Bréfritari: Lárus Bjarnason
Dagsetning: A-1874-01-18
Skrifað á: Vesturheimi

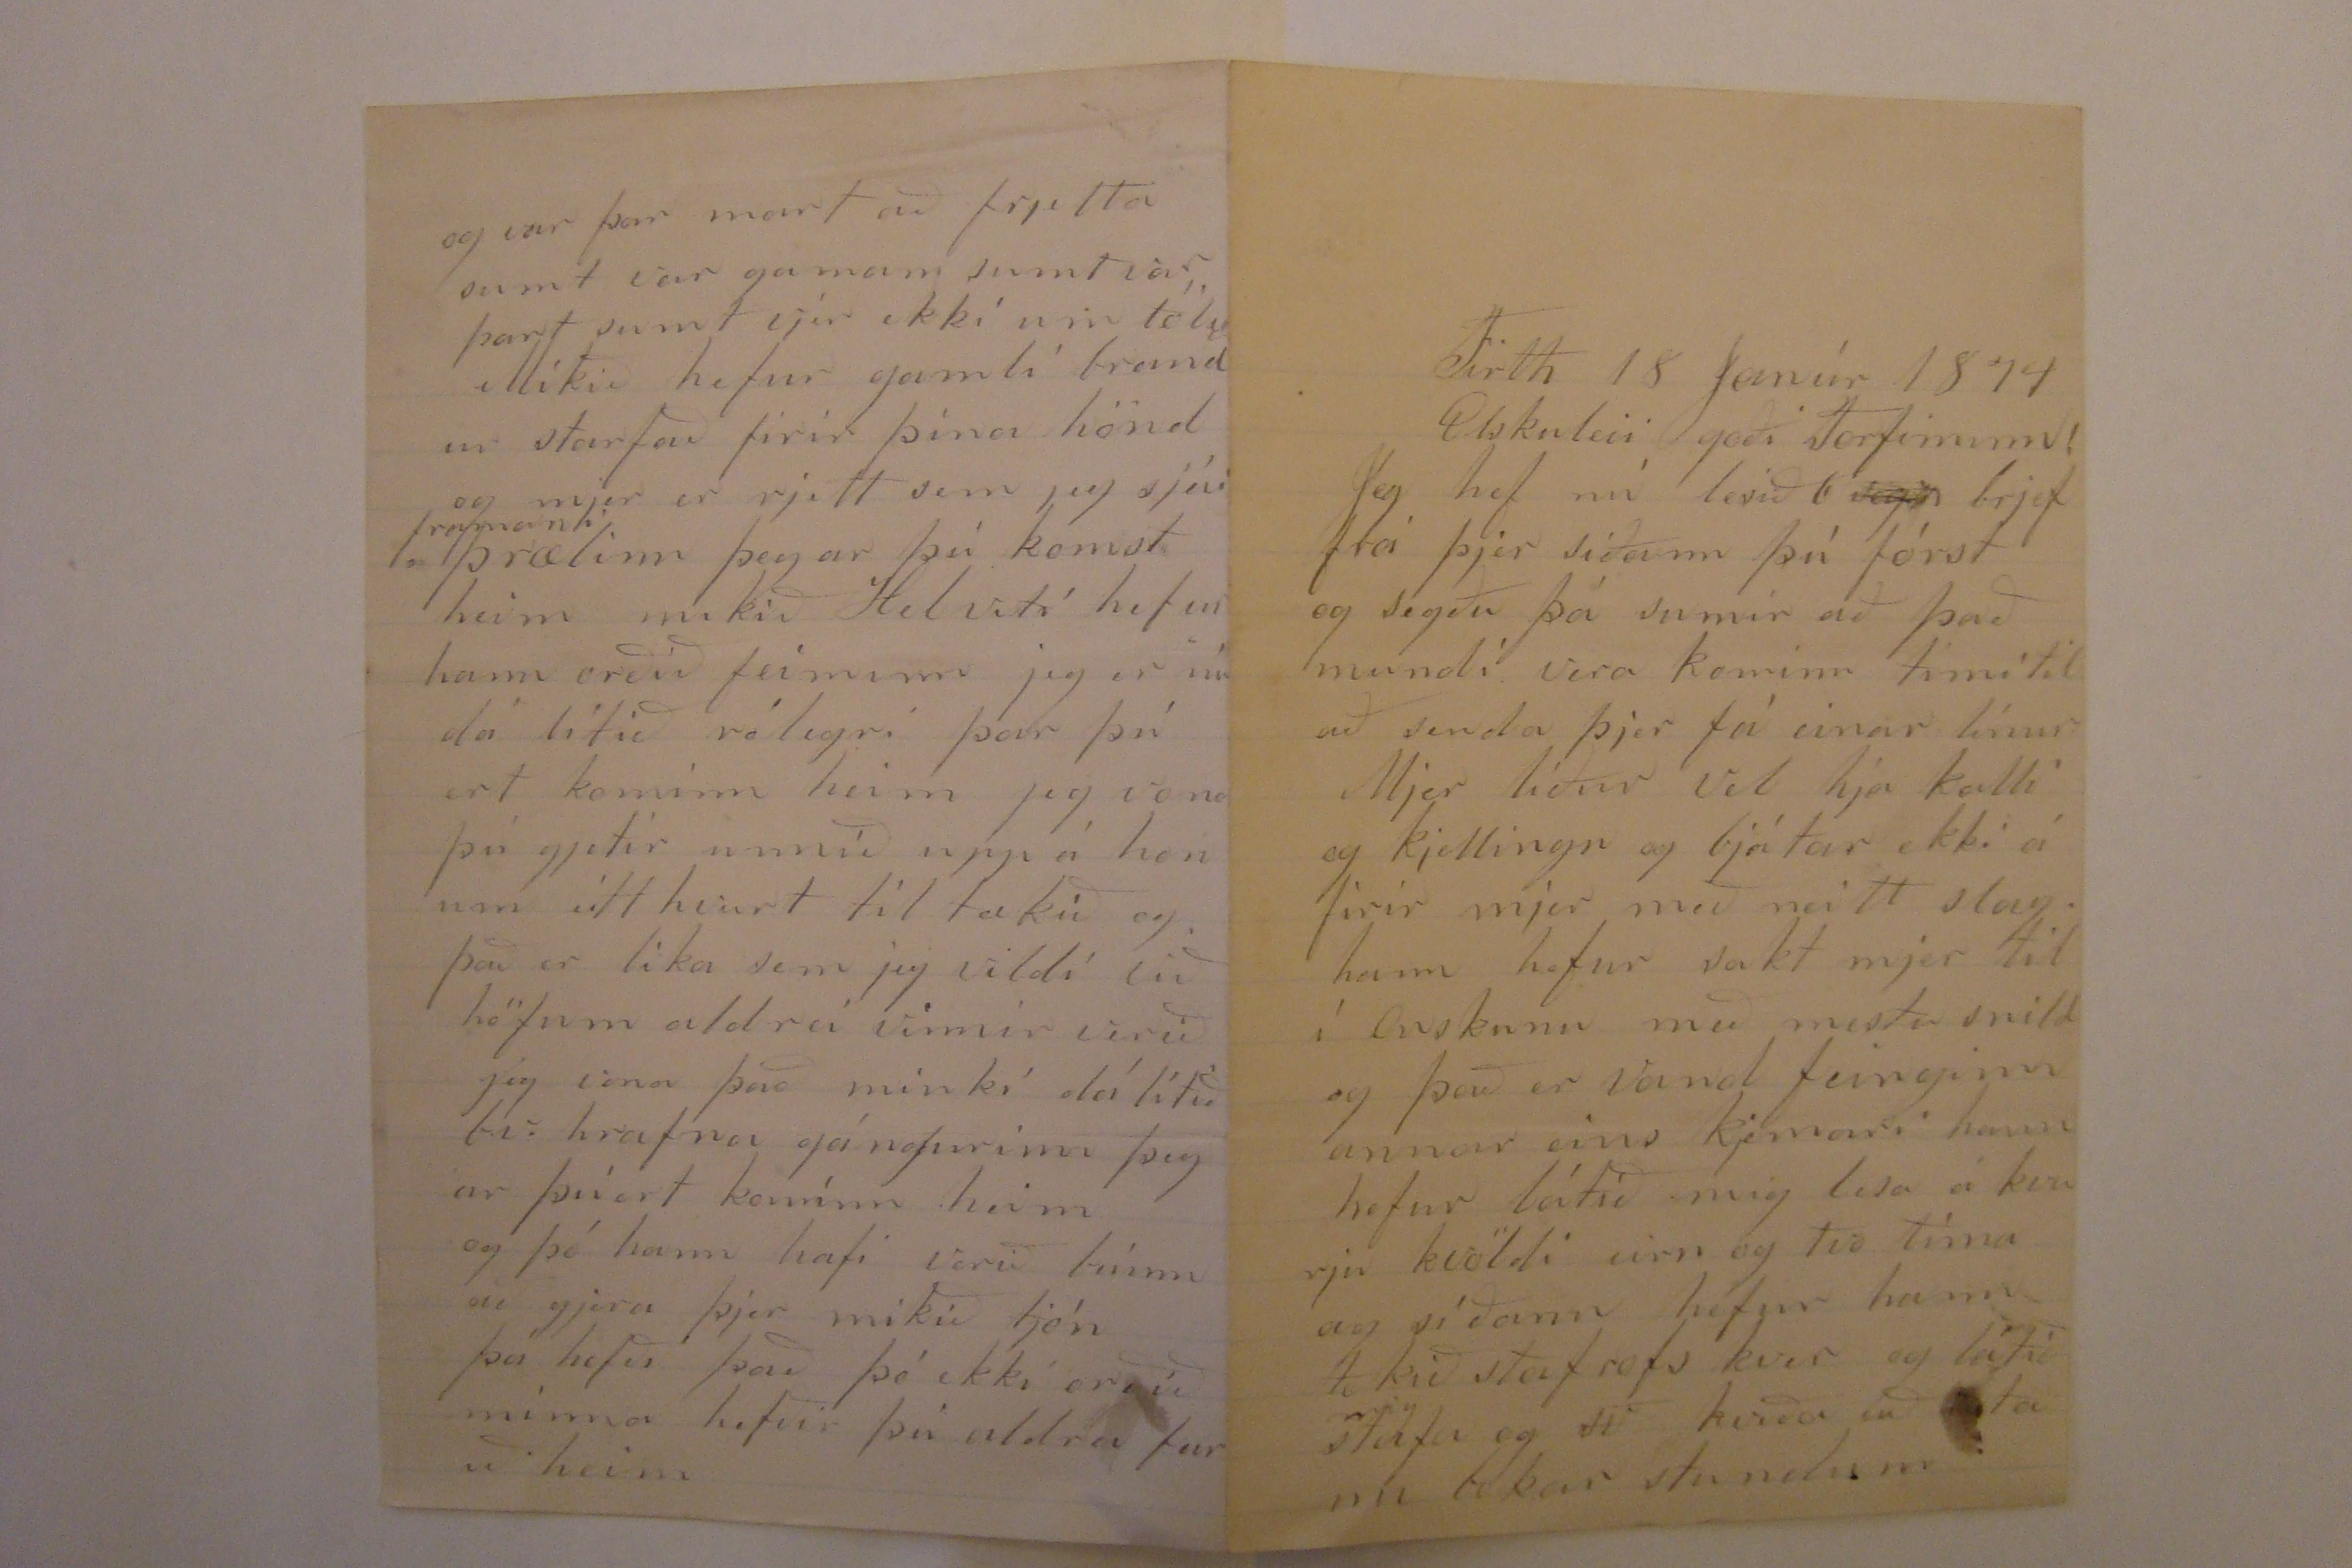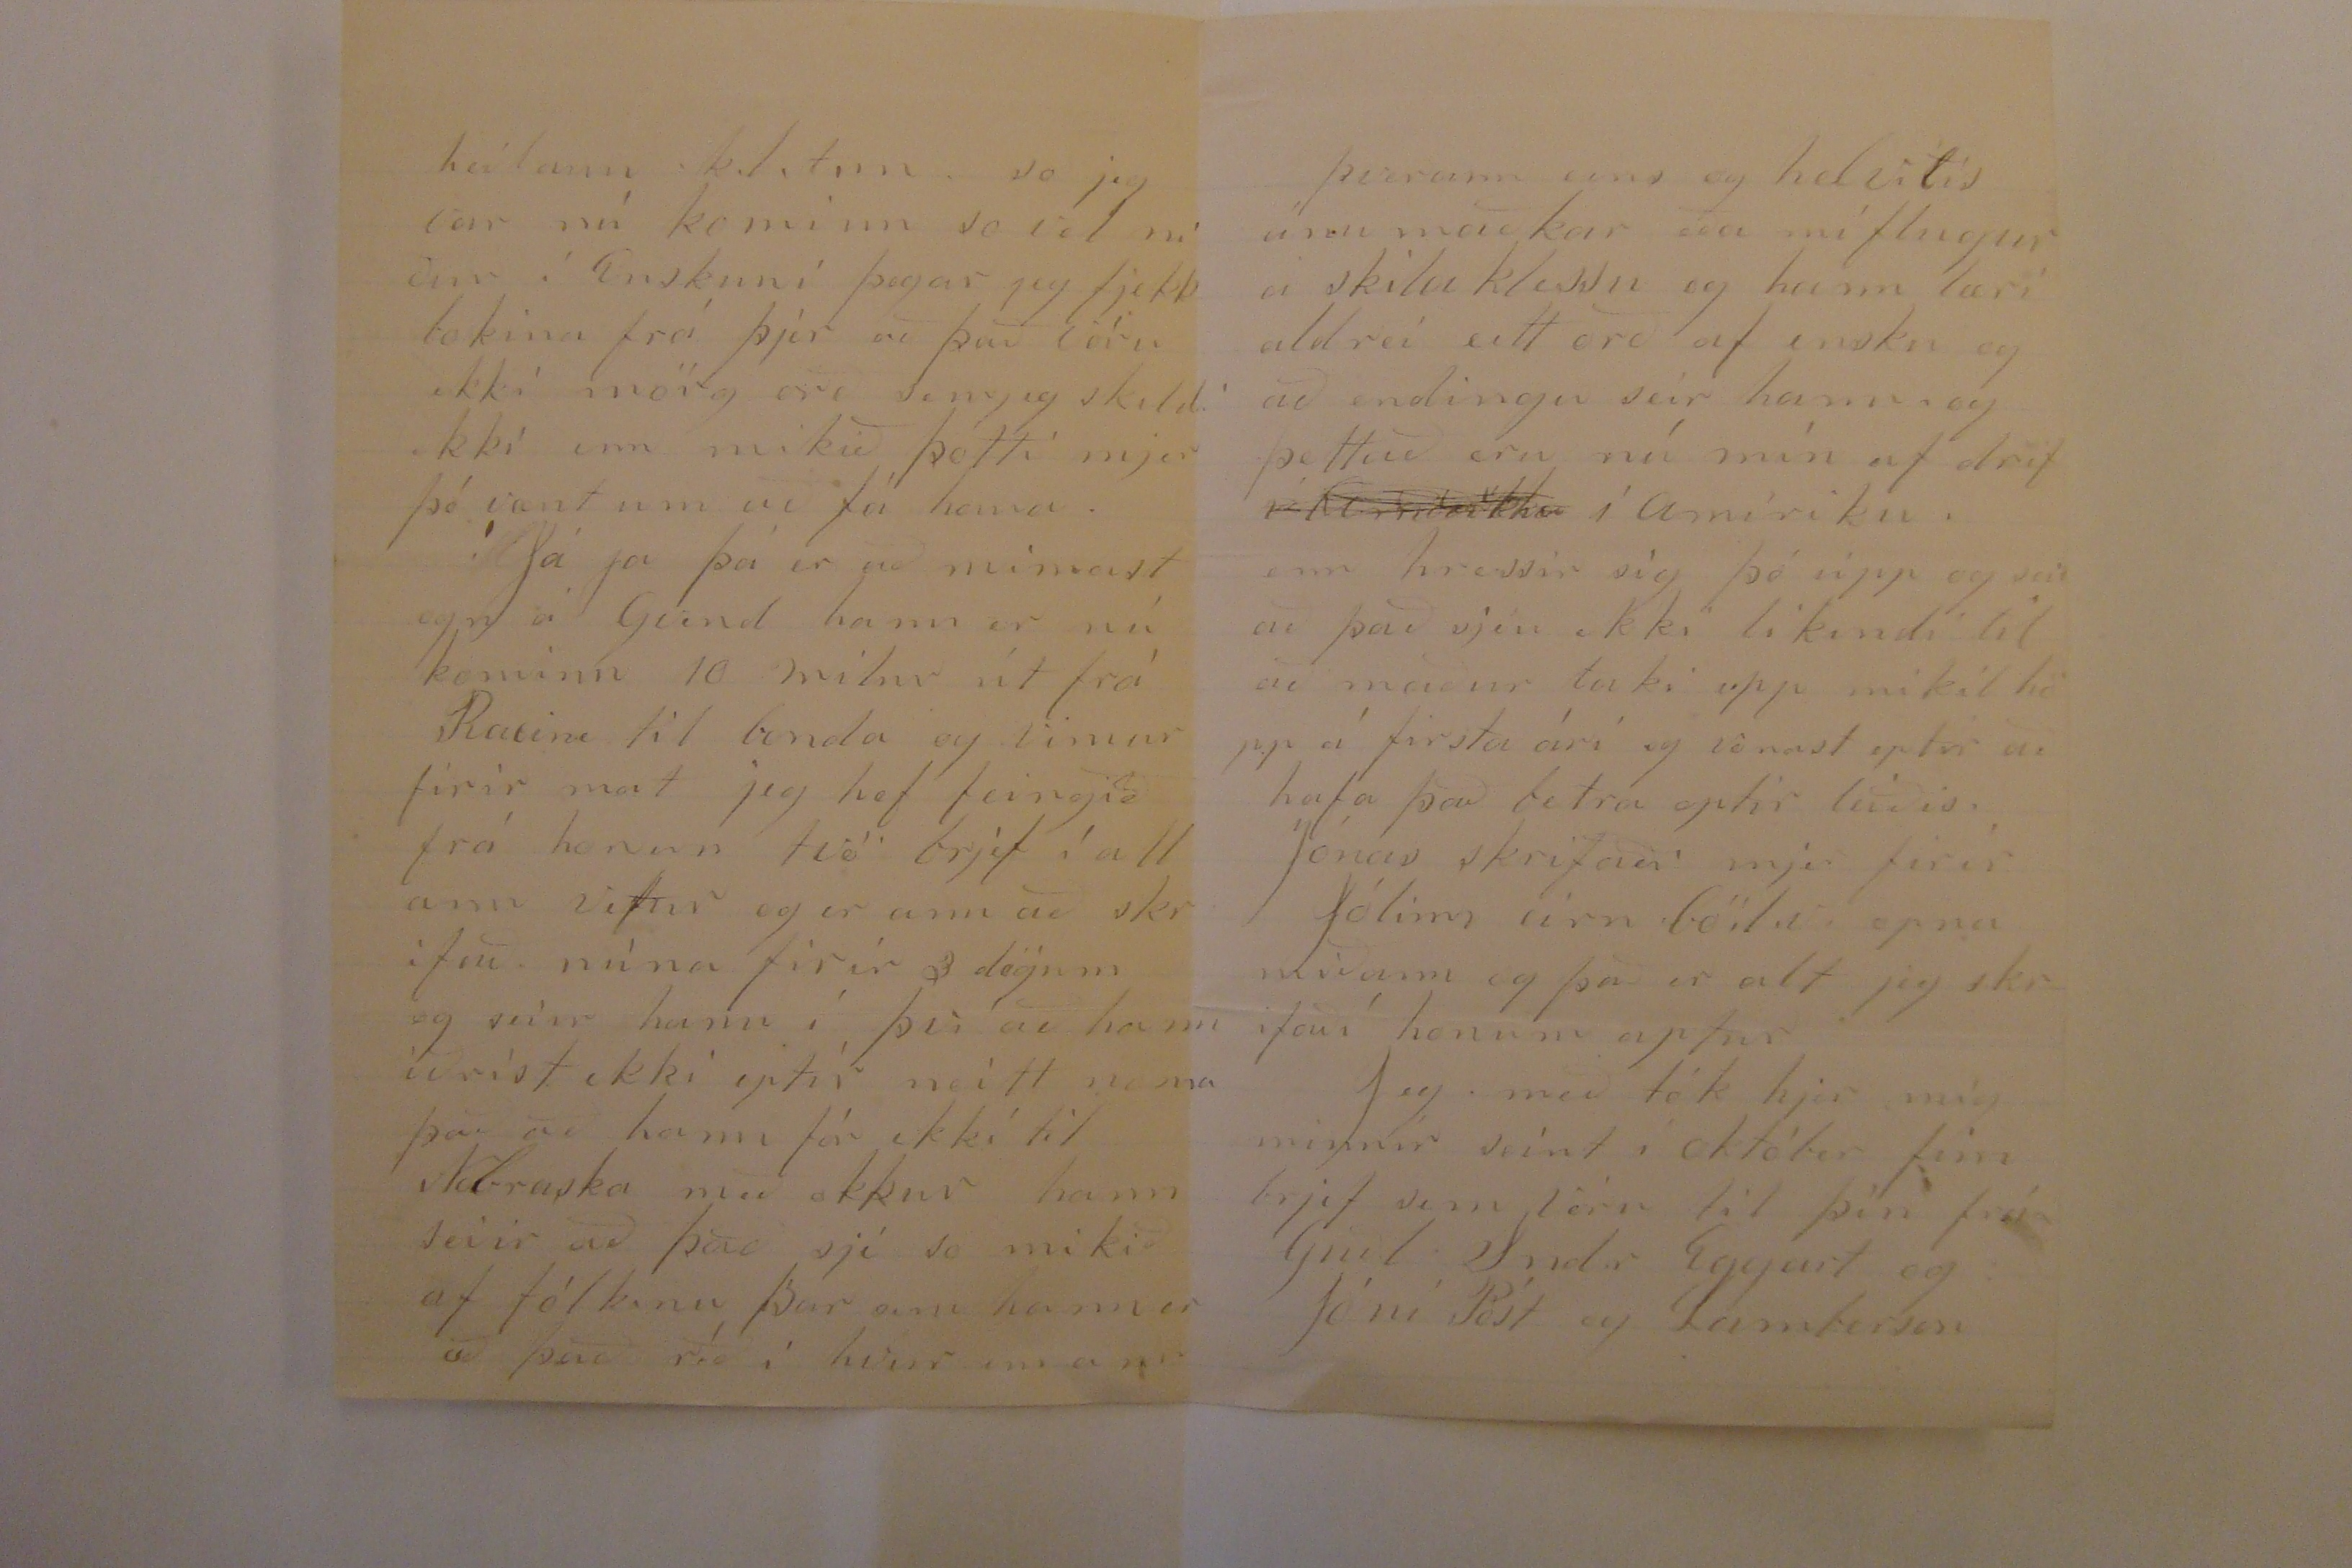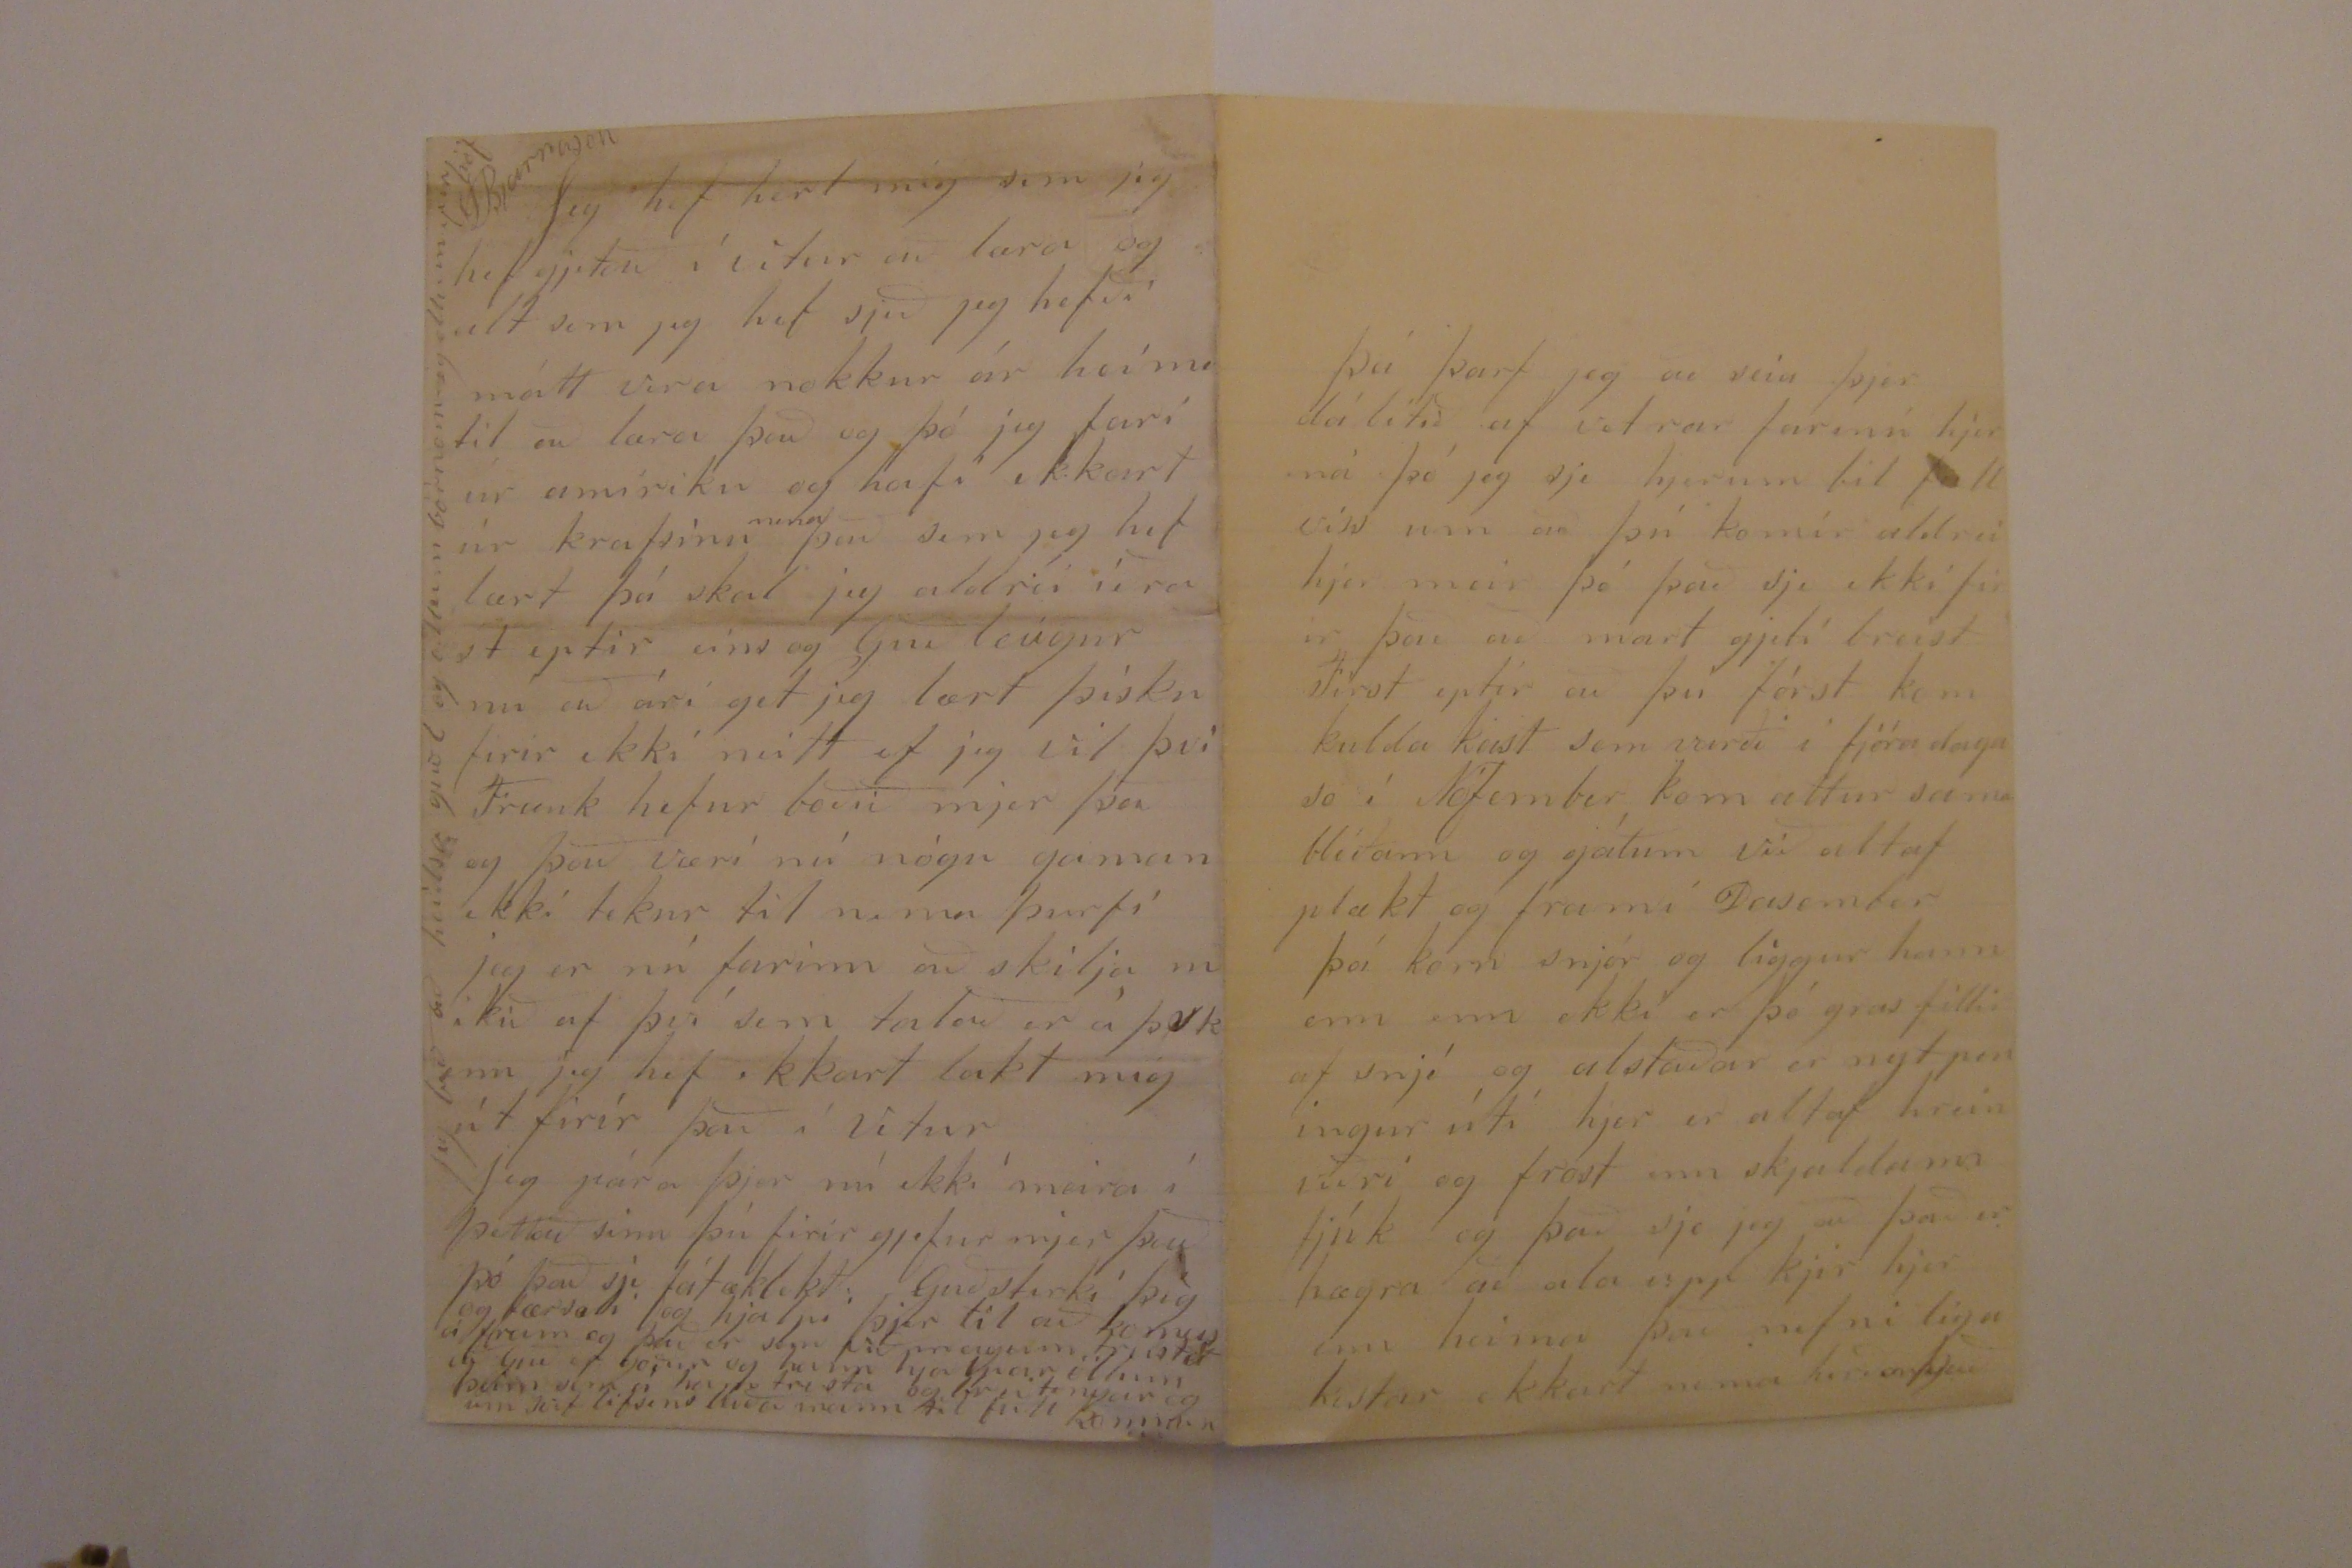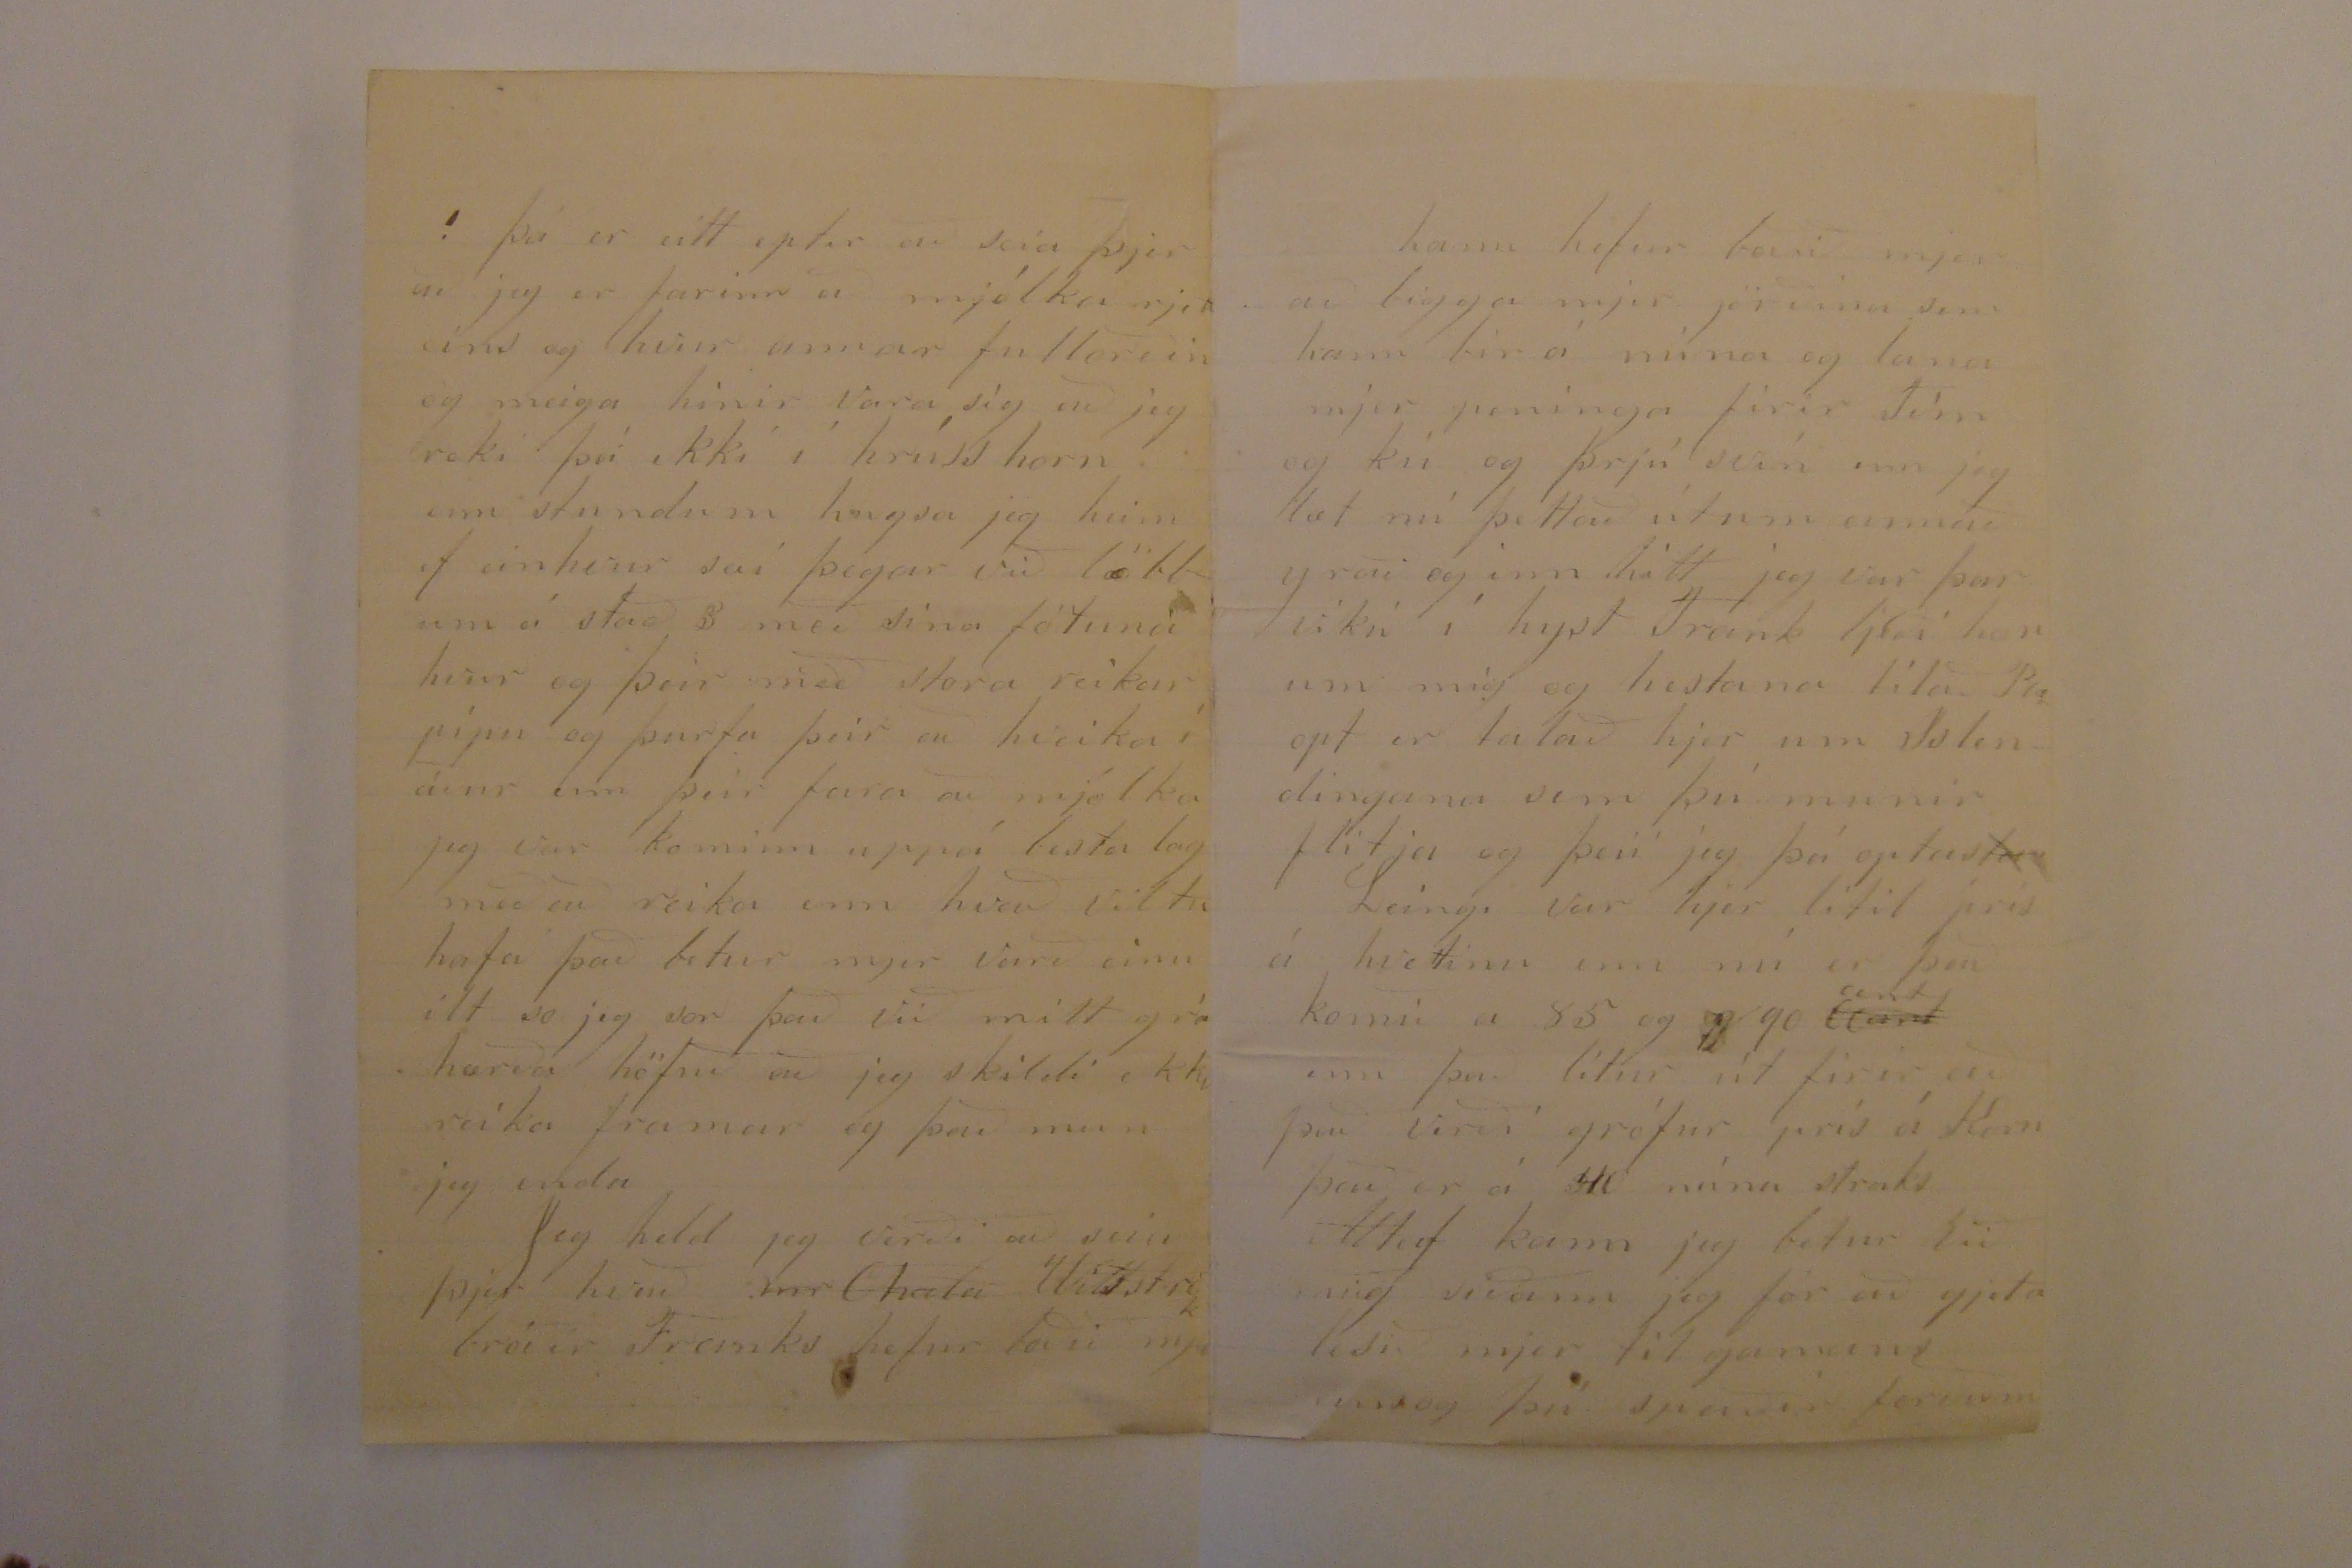

Firth 18 Janúar 1874
Elskandi goði Torfi minn!
Jeg hef nú lesið 6
0000
brjef frá þjer síðann þú fórst og sogðu þá sumir að það mundi vera kominn tími til að senda þjer fá einar línur
Mjer líður vel hjá kalli og kjellingu og bjátar ekki á firir mjer með neitt 0000 hann hefur sakt mjer til í enskunn með mestu snild og það er vand feinginn annar eins kjennari hann hefur látið mig lesa á kvurju kvöldi eirn og tvo tíma og síðann hefur hann tekið stafrofs kver og látið
mig
stafa og
00
kveða að 00ta nu tekur stundum heilann kl.tm. so jeg var nú kominn so vel niður í Enskuni þegar jeg fjekk bokina frá þjer að það vóru ekki mörg orð sem jeg skildi ekki enn mikið þótti mjer þó vænt um að fá hana.
Já ja þá er að minnast ogn á Gvend hann er nú kominn 10 mílur út frá
Racine
til bonda og vinnur firir mat jeg hef feingið frá honum tvö brjef í allann vetur og er annað skrifað núna firir 3 dögum og seiir hann í því að hann iðrist ekki eptir neitt nema það að hann fór ekki til Nebraska með okkur hann seiir að það sje so mikið af fólkinu þar sem hann er að það ráði hvur 00000
þverann eins og helvítis ánamaðkar eða míflugur á skita klessu og hann læri aldrei eitt orð af ensku og að endingu seir hann og þettað eru nú mín af drif
í Amirikku
í Amíriku enn hressir sig þó upp og seir að það sjeu ekki líkindi til að maður taki upp mikil höpp á firsta ári og vonast eptir að hafa það betra eptir leiðis.
Jónas skrifaði mjer firir Jólinn
eirn bölv.
opna miðann og það er alt jeg skrifaði honum aptur
Jeg með tók hjer mig minnir seint í október fim brjef sem vóru til þín frá Guðl Indr Eggert og Jóni Póst og
Lamberson
og var þar mart að frjetta sumt var gamann sumt var þart sumt vjer ekki um tölu
Mikið hefur gamli brandur starfað firir þína hönd og mjer er rjett sem jeg sjái
framandi
þrælinn þegar þú komst heim mikið Helvíti hefur hann orðið feiminn jeg er nú dá lítið rólegri þar þú ert kominn heim jeg vona þú gjetir unnið upp á honum eitt hvurt til tækið og það er líka sem jeg vildi við höfum aldrei vinir verið jeg vona það minki dálítið
b.v.
hrafna gángurinn þegar þú ert kominn heim og þó hann hafi verið búinn að gjera þjer mikið tjón þá hefði það þó ekki orðið minna hefðir þú aldrei farið heim
þá þarf jeg að seia þjer dálítið af vetrar farinu hjerna þó jeg sje hjerum bil fullviss um að þú komir aldrei hjer meir þó það sje ekki firir það að mart gjeti breist First eptir að þú fórst kom kulda kast sem varði í fjóra daga so í Nófember kom attur sama blíðann og gátum við altaf plakt og framí Desember þá kom snjór og liggur hann enn ekki er þó gras fillir af snjó og alstaðar er nytpeningur úti hjer er altaf hrein viðri og frost enn skjaldann fjúk og það sje jeg að það er hægra að ala upp kjír hjer enn heima það nefni liga kostar ekkert nema hirðan það
þá er eitt eptir að seia þjer að jeg er farinn að mjólka rjett eins og hvur annar fullorðin og meiga hinir vara sig að jeg reki þá ekki í hrúss horn enn stundum hugsa jeg heim ef einhvur sæi þegar við löbbum á stað 3 með sína fötuna hvur og þeir með stora reikar pípu og þurfa þeir að kveika í áður enn þeir fara að mjólka jeg var kominn uppá besta lag með að reika enn hvað viltu hafa það betur mjer varð einu ilt so jeg var það við mitt gráhærða höfuð að jeg skildi ekki reika framar og það mun jeg enda
Jeg held jeg verði að seia þjer hvað
mr Chal0 Wilstr00
bróðir Franks hefur boðið mjer
hann hefur boðið mjer að bigga mjer jörðina sem hann bír á núna og lana mjer peninga firir Tím og kú og þrjú svín enn jeg læt nú þettað útum annað yrað og inn hitt jeg var þar viku í hyst Frank ljeði honum mig og hestana til að 000 opt er talað hjer um Islendinga sem þú munir flitja og þeii jeg þá optast
Leingi var hjer lítil prís á hveitinu enn nú er það komið a 85 og
g
90
ceant
cent
um það lítur út firir að það verði grófur prís á Korn það er á 40 núna straks
Altaf kann jeg betur við mig síðann jeg fór að gjeta lesið mjer til gamans einsog þú spaðir forðum
Jeg hef hert mig sem jeg hef gjetað í vetur að læra og alt sem jeg hef sjeð jeg hefði mátt vera nokkur ár heima til að læra það og þó jeg fari úr amíriku og hafi ekkert úr krafsinu
nema
það sem jeg hef lært þá skal jeg aldrei iðrast eptir eins og Guð
lengur
nú að ári get jeg lært þísku firir ekki neitt ef jeg vil því Frank hefur boðið mjer það og það væri nú nógu gaman ekki tekur til nema þurfi jeg er nú farinn að sklija mikið af því sem talað er á þ0k000 jeg hef ekkert lakt mig út firir það í vetur
Jeg pára þjer nú ekki meira í þettað sinn þú firir gjefur mjer það þó það sje fátækt Guð stirki þig og 000000 og hjalpi þjer til að komas á fram og það er sem við
meigum treista
að Guð er goður og hann hjalpar öllum þeim sem á hann tresta og breitingar og umsvif lífsins leiða mann til full komnunar
Jeg bið að heilsa guðl og öllum börnonum og öllum
ifir höf
L Bjarnason